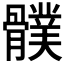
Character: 𩪛